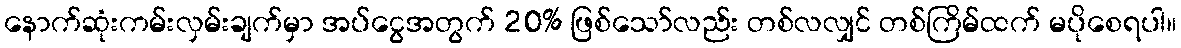
နောက်ဆုံးကမ်းလှမ်းချက်မှာ အပ်ငွေအတွက် 20% ဖြစ်သော်လည်း တစ်လလျှင် တစ်ကြိမ်ထက် မပိုစေရပါ။